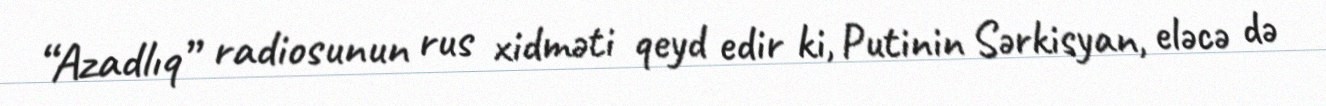
“Azadlıq” radiosunun rus xidməti qeyd edir ki, Putinin Sərkisyan, eləcə də